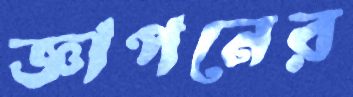
জ্ঞাপনের